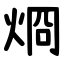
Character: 烱